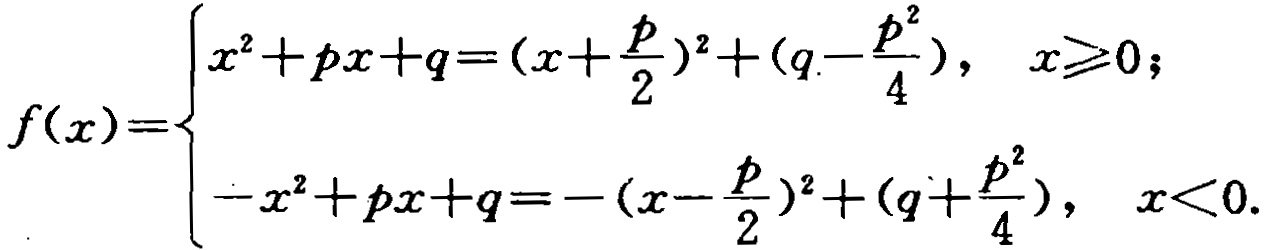
\[
f(x)=\begin{cases}
x^{2}+px + q=(x+\frac{p}{2})^{2}+(q-\frac{p^{2}}{4}),&x\geq0;\\
-x^{2}+px + q=-(x-\frac{p}{2})^{2}+(q+\frac{p^{2}}{4}),&x<0.
\end{cases}
\]